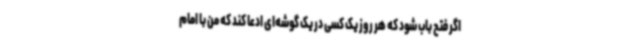
اگر فتح باب شود که هر روز یک کسی در یک گوشه‌ای ادعا کند که من با امام